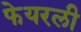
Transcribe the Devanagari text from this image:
फेयरली